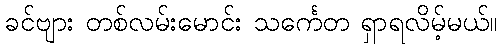
ခင်ဗျား တစ်လမ်းမောင်း သင်္ကေတ ရှာရလိမ့်မယ်။